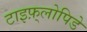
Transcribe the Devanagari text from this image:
टाइफ़्लोपिडे